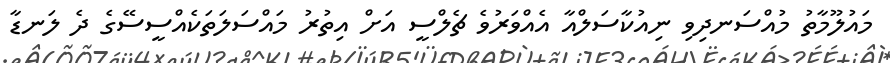
މައުލޫމާތު މުއްސަނދިވި ނިއުކާސަލްއާ އެއްވަރުވެ ޗެލްސީ އަށް އިތުރު މައްސަލަތަކެއްސީސޭގެ ދެ ލަނޑާ